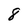
Character: 8